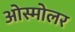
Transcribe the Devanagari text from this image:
ओस्मोलर